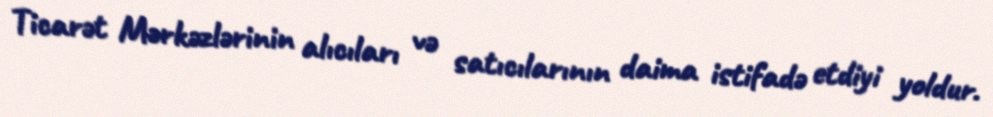
Ticarət Mərkəzlərinin alıcıları və satıcılarının daima istifadə etdiyi yoldur.